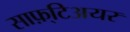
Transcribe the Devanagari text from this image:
साफ़्टिअयर